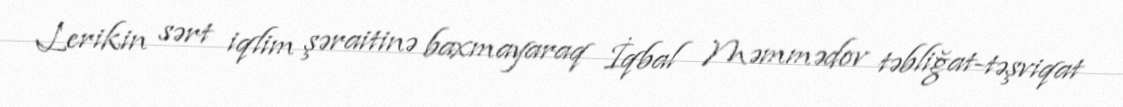
Lerikin sərt iqlim şəraitinə baxmayaraq İqbal Məmmədov təbliğat-təşviqat